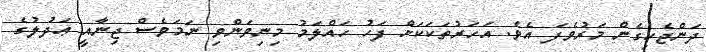
ދަންޖެހިގެން މަރުވެފަ އެވެ. އަހަރުތަކަކަށް ފަހު ހައްލަމު މިނިވަންވި ނަމަވެސް ޖިނާއީ ޢަދުލުގެ